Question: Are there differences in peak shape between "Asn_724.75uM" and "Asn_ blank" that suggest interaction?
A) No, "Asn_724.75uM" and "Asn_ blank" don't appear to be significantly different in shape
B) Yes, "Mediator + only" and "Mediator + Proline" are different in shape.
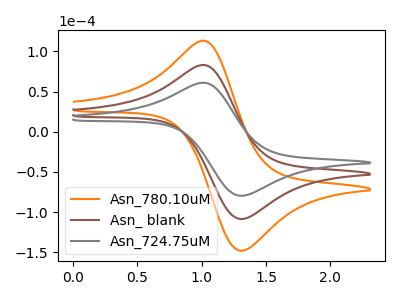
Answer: <think>The orange curve "Asn_780.10uM" has an anodic peak at (1.05V, 165.80uA) and a cathodic peak at (1.30V, -217.25uA). The brown curve "Asn_ blank" has an anodic peak at (1.05V, 82.90uA) and a cathodic peak at (1.30V, -108.65uA). The gray curve "Asn_724.75uM" has an anodic peak at (1.05V, 60.80uA) and a cathodic peak at (1.30V, -79.70uA).
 All the peaks in "Asn_724.75uM" have a peak in "Asn_ blank" at the same potential. Every peak in "Asn_724.75uM" is lower than every peak in "Asn_ blank".</think>
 <answer>A) No, "Asn_724.75uM" and "Asn_ blank" don't appear to be significantly different in shape</answer>
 <eval>A</eval>